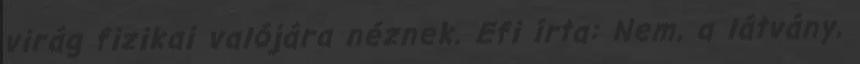
virág fizikai valójára néznek. Efi írta: Nem, a látvány,